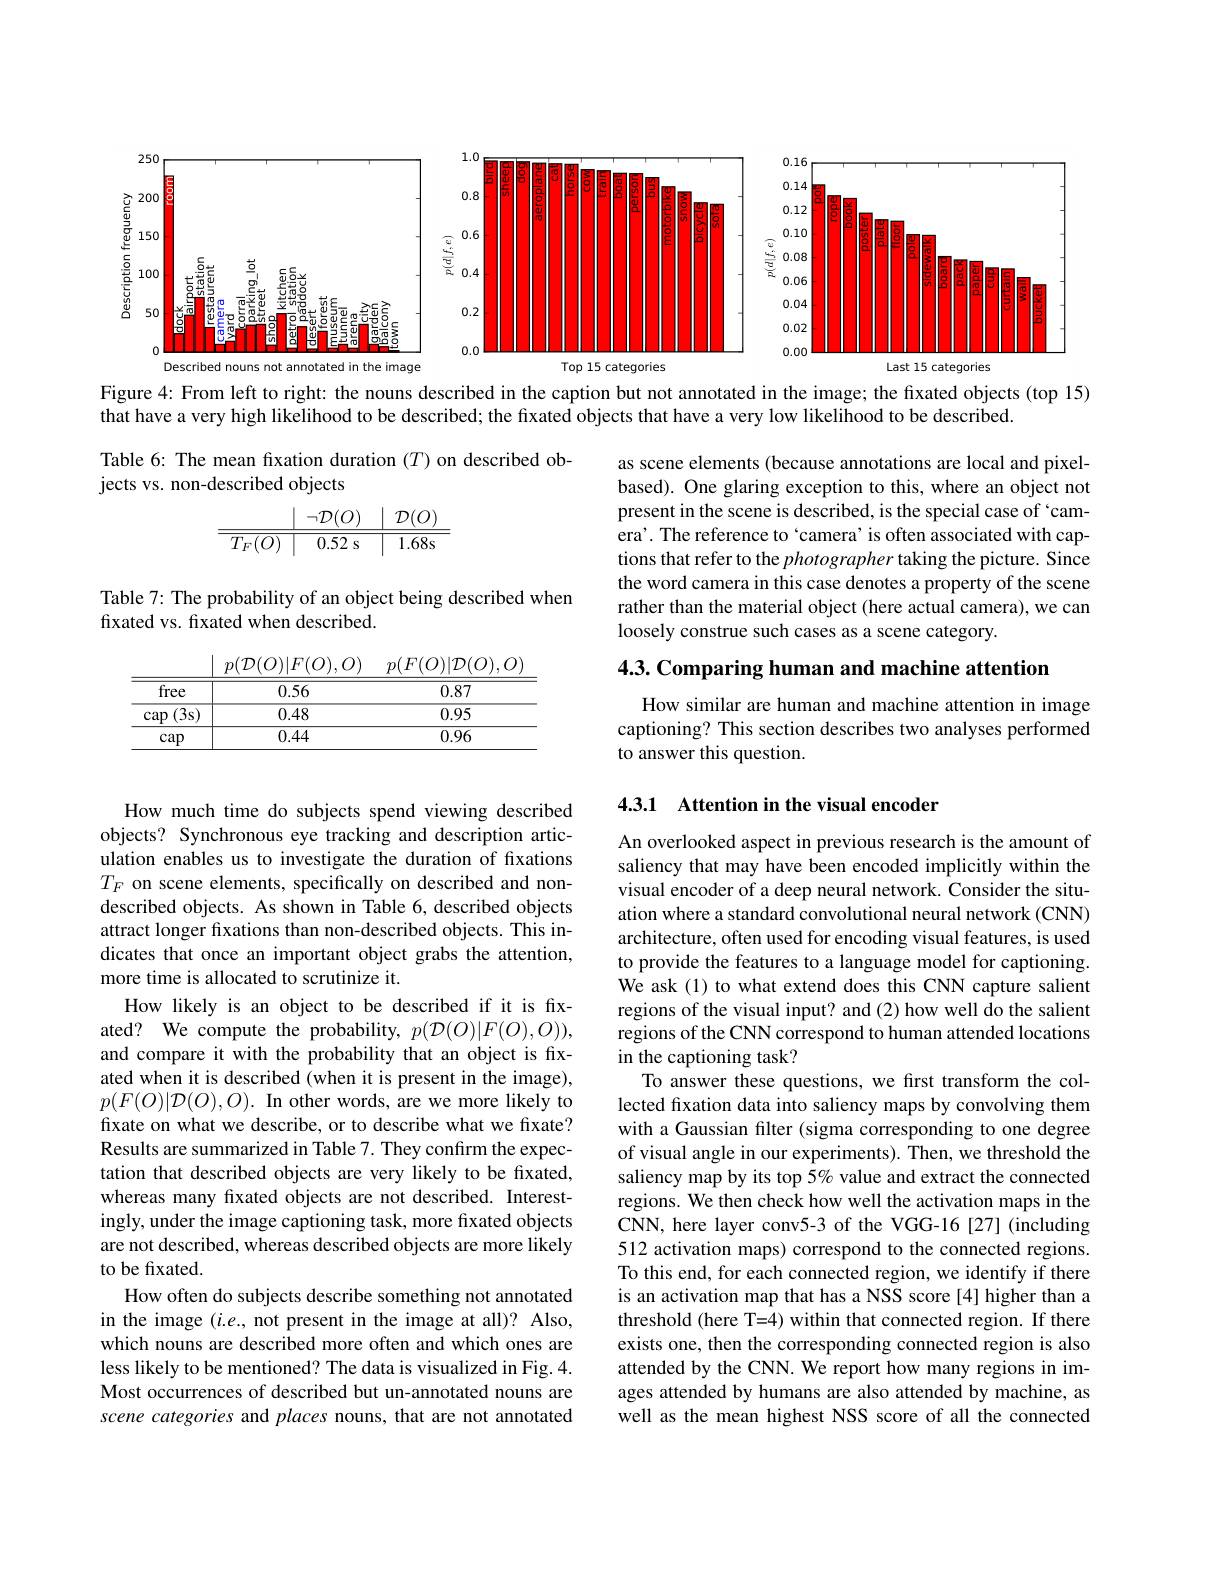
<FigureHere>

Figure 4: From left to right: the nouns described in the caption but not annotated in the image; the fixated objects (top 15)

that have a very high likelihood to be described; the fixated objects that have a very low likelihood to be described.

Table 6: The mean fixation duration $(T)$ on described ob-
jects vs. non-described objects
$$\begin{array}{c|c|c|c}&&\neg\mathcal{D}(O)&&\mathcal{D}(O)\\\hline\hline T_F(O)&&0.52\:\text{s}&&1.68\text{s}\end{array}$$
as scene elements (because annotations are local and pixelbased). One glaring exception to this, where an object not present in the scene is described, is the special case of `camera'. The reference to‘camera’ is often associated with captions that refer to the photographer taking the picture. Since the word camera in this case denotes a property of the scene rather than the material object (here actual camera), we can loosely construe such cases as a scene category.

Table 7: The probability of an object being described when
fixated vs. fixated when described.

$p( \mathcal{D} ( O) | F( O) , O)$ $p( F( O) | \mathcal{D} ( O) , O)$
<table>
	<tbody>
		<tr>
			<th>free</th>
			<th>0.56</th>
			<th>0.87</th>
		</tr>
		<tr>
			<td>(3s) cap</td>
			<td>0.48</td>
			<td>0.95</td>
		</tr>
		<tr>
			<td>cap</td>
			<td>0.44</td>
			<td>0.96</td>
		</tr>
	</tbody>
</table>

4.3. Comparing human and machine attention

How similar are human and machine attention in image captioning? This section describes two analyses performed to answer this question.

## 4.3.1 Attention in the visual encoder

How much time do subjects spend viewing described objects? Synchronous eye tracking and description articulation enables us to investigate the duration of fixations $T_F$ on scene elements, specifically on described and nondescribed objects. As shown in Table 6, described objects attract longer fixations than non-described objects. This indicates that once an important object grabs the attention, more time is allocated to scrutinize it.
How likely is an object to be described if it is fixated? We compute the probability, $p(\mathcal{D}(O)|F(O),O))$, and compare it with the probability that an object is fixated when it is described (when it is present in the image), $p( F( O) | \mathcal{D} ( O) , O) . \textbf{In other words, are we more likely to}$ fixate on what we describe, or to describe what we fixate? Results are summarized in Table 7. They confirm the expectation that described objects are very likely to be fixated, whereas many fxated objects are not described. Interestingly, under the image captioning task, more fixated objects are not described, whereas described objects are more likely to be fixated.
How often do subjects describe something not annotated in the image $(i.e.$, not present in the image at all)? Also, which nouns are described more often and which ones are less likely to be mentioned? The data is visualized in Fig. 4. Most occurrences of described but un-annotated nouns are scene categories and places nouns, that are not annotated

An overlooked aspect in previous research is the amount of saliency that may have been encoded implicitly within the visual encoder of a deep neural network. Consider the situation where a standard convolutional neural network (CNN) architecture, often used for encoding visual features, is used to provide the features to a language model for captioning. We ask (1) to what extend does this CNN capture salient regions of the visual input? and (2) how well do the salient regions of the CNN correspond to human attended locations in the captioning task?
To answer these questions, we first transform the collected fxation data into saliency maps by convolving them with a Gaussian filter (sigma corresponding to one degree of visual angle in our experiments). Then, we threshold the saliency map by its top 5% value and extract the connected regions. We then check how well the activation maps in the CNN, here layer conv5-3 of the VGG-16 [27] (including 512 activation maps) correspond to the connected regions. To this end, for each connected region, we identify if there is an activation map that has a NSS score[4] higher than a threshold (here T=4) within that connected region. If there exists one, then the corresponding connected region is also attended by the CNN. We report how many regions in images attended by humans are also attended by machine, as well as the mean highest NSS score of all the connected